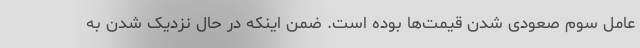
عامل سوم صعودی شدن قیمت‌ها بوده است. ضمن اینکه در حال نزدیک شدن به